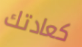
كعادتك